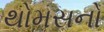
થોમસનો